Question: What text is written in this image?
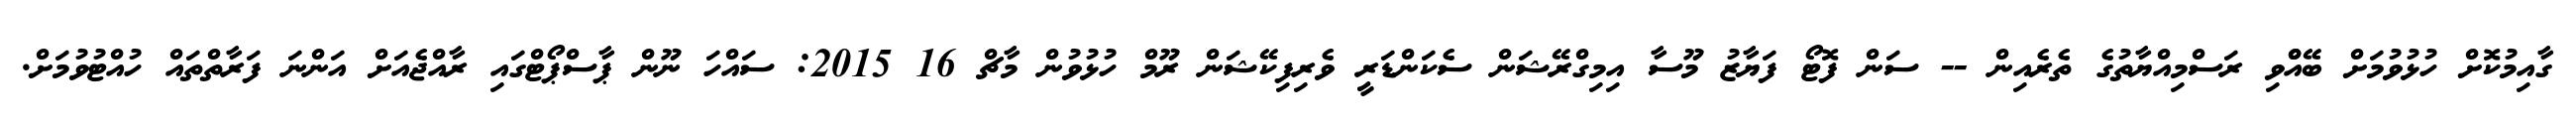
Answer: ގާއިމުކޮށް ހުޅުވުމަށް ބޭއްްވި ރަސްމިއްޔާތުގެ ތެރެއިން -- ސަން ފޮޓޯ ފަޔާޒު މޫސާ އިމިގްރޭޝަން ސެކަންޑަރީ ވެރިފިކޭޝަން ރޫމް ހުޅުވުން މާޗް 16 2015: ސައްހަ ނޫން ޕާސްޕޯޓްގައި ރާއްޖެއަށް އަންނަ ފަރާތްތައް ހުއްޓުވުމަށް.